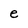
Character: e